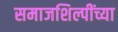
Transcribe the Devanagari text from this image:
समाजशिल्पींच्या